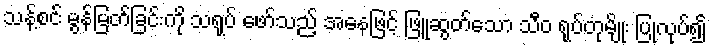
သန့်စင် မွန်မြတ်ခြင်းကို သရုပ် ဖော်သည့် အနေဖြင့် ဖြူဆွတ်သော သီဝ ရုပ်တုမျိုး ပြုလုပ်၍